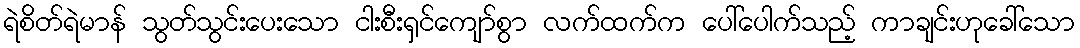
ရဲစိတ်ရဲမာန် သွတ်သွင်းပေးသော ငါးစီးရှင်ကျော်စွာ လက်ထက်က ပေါ်ပေါက်သည့် ကာချင်းဟုခေါ်သော